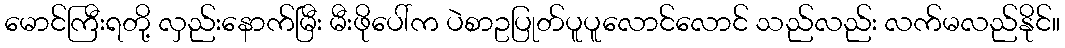
မောင်ကြီးရတို့ လှည်းနောက်မြီး မီးဖိုပေါ်က ပဲစာဥပြုတ်ပူပူလောင်လောင် သည်လည်း လက်မလည်နိုင်။